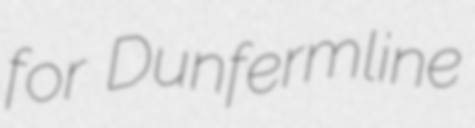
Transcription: for Dunfermline